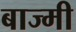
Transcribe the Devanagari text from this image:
बाज्मी